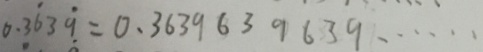
0 . 3 \dot { 6 } 3 \dot { 9 } = 0 . 3 6 3 9 6 3 9 6 3 9 \cdots